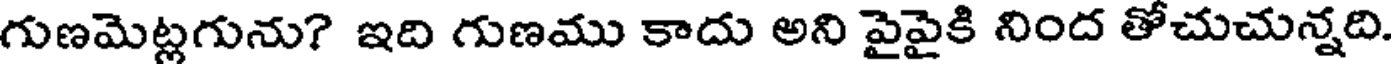
గుణమెట్లగును? ఇది గుణము కాదు అని పైపైకి నింద తోచుచున్నది